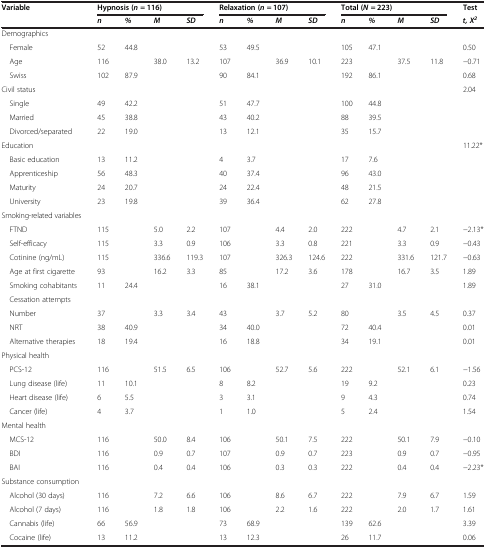
<table><thead><tr><td><b>Variable</b></td><td colspan="4"><b>Hypnosis (<i>n </i>= 116)</b></td><td colspan="4"><b>Relaxation (<i>n </i>= 107)</b></td><td colspan="4"><b>Total (<i>N </i>= 223)</b></td><td><b>Test</b></td></tr><tr><td><b> </b></td><td><b><i>n</i></b></td><td><b><i>%</i></b></td><td><b><i>M</i></b></td><td><b><i>SD</i></b></td><td><b><i>n</i></b></td><td><b><i>%</i></b></td><td><b><i>M</i></b></td><td><b><i>SD</i></b></td><td><b><i>n</i></b></td><td><b><i>%</i></b></td><td><b><i>M</i></b></td><td><b><i>SD</i></b></td><td><b><i>t, X</i><sup><i>2</i></sup></b></td></tr></thead><tbody><tr><td>Demographics</td><td> </td><td> </td><td> </td><td> </td><td> </td><td> </td><td> </td><td> </td><td> </td><td> </td><td> </td><td> </td><td> </td></tr><tr><td> Female</td><td>52</td><td>44.8</td><td> </td><td> </td><td>53</td><td>49.5</td><td> </td><td> </td><td>105</td><td>47.1</td><td> </td><td> </td><td>0.50</td></tr><tr><td> Age</td><td>116</td><td> </td><td>38.0</td><td>13.2</td><td>107</td><td> </td><td>36.9</td><td>10.1</td><td>223</td><td> </td><td>37.5</td><td>11.8</td><td>−0.71</td></tr><tr><td> Swiss</td><td>102</td><td>87.9</td><td> </td><td> </td><td>90</td><td>84.1</td><td> </td><td> </td><td>192</td><td>86.1</td><td> </td><td> </td><td>0.68</td></tr><tr><td>Civil status</td><td> </td><td> </td><td> </td><td> </td><td> </td><td> </td><td> </td><td> </td><td> </td><td> </td><td> </td><td> </td><td>2.04</td></tr><tr><td> Single</td><td>49</td><td>42.2</td><td> </td><td> </td><td>51</td><td>47.7</td><td> </td><td> </td><td>100</td><td>44.8</td><td> </td><td> </td><td> </td></tr><tr><td> Married</td><td>45</td><td>38.8</td><td> </td><td> </td><td>43</td><td>40.2</td><td> </td><td> </td><td>88</td><td>39.5</td><td> </td><td> </td><td> </td></tr><tr><td> Divorced/separated</td><td>22</td><td>19.0</td><td> </td><td> </td><td>13</td><td>12.1</td><td> </td><td> </td><td>35</td><td>15.7</td><td> </td><td> </td><td> </td></tr><tr><td>Education</td><td> </td><td> </td><td> </td><td> </td><td> </td><td> </td><td> </td><td> </td><td> </td><td> </td><td> </td><td> </td><td>11.22*</td></tr><tr><td> Basic education</td><td>13</td><td>11.2</td><td> </td><td> </td><td>4</td><td>3.7</td><td> </td><td> </td><td>17</td><td>7.6</td><td> </td><td> </td><td> </td></tr><tr><td> Apprenticeship</td><td>56</td><td>48.3</td><td> </td><td> </td><td>40</td><td>37.4</td><td> </td><td> </td><td>96</td><td>43.0</td><td> </td><td> </td><td> </td></tr><tr><td> Maturity</td><td>24</td><td>20.7</td><td> </td><td> </td><td>24</td><td>22.4</td><td> </td><td> </td><td>48</td><td>21.5</td><td> </td><td> </td><td> </td></tr><tr><td> University</td><td>23</td><td>19.8</td><td> </td><td> </td><td>39</td><td>36.4</td><td> </td><td> </td><td>62</td><td>27.8</td><td> </td><td> </td><td> </td></tr><tr><td>Smoking-related variables</td><td> </td><td> </td><td> </td><td> </td><td> </td><td> </td><td> </td><td> </td><td> </td><td> </td><td> </td><td> </td><td> </td></tr><tr><td> FTND</td><td>115</td><td> </td><td>5.0</td><td>2.2</td><td>107</td><td> </td><td>4.4</td><td>2.0</td><td>222</td><td> </td><td>4.7</td><td>2.1</td><td>−2.13*</td></tr><tr><td> Self-efficacy</td><td>115</td><td> </td><td>3.3</td><td>0.9</td><td>106</td><td> </td><td>3.3</td><td>0.8</td><td>221</td><td> </td><td>3.3</td><td>0.9</td><td>−0.43</td></tr><tr><td> Cotinine (ng/mL)</td><td>115</td><td> </td><td>336.6</td><td>119.3</td><td>107</td><td> </td><td>326.3</td><td>124.6</td><td>222</td><td> </td><td>331.6</td><td>121.7</td><td>−0.63</td></tr><tr><td> Age at first cigarette</td><td>93</td><td> </td><td>16.2</td><td>3.3</td><td>85</td><td> </td><td>17.2</td><td>3.6</td><td>178</td><td> </td><td>16.7</td><td>3.5</td><td>1.89</td></tr><tr><td> Smoking cohabitants</td><td>11</td><td>24.4</td><td> </td><td> </td><td>16</td><td>38.1</td><td> </td><td> </td><td>27</td><td>31.0</td><td> </td><td> </td><td>1.89</td></tr><tr><td> Cessation attempts</td><td> </td><td> </td><td> </td><td> </td><td> </td><td> </td><td> </td><td> </td><td> </td><td> </td><td> </td><td> </td><td> </td></tr><tr><td> Number</td><td>37</td><td> </td><td>3.3</td><td>3.4</td><td>43</td><td> </td><td>3.7</td><td>5.2</td><td>80</td><td> </td><td>3.5</td><td>4.5</td><td>0.37</td></tr><tr><td> NRT</td><td>38</td><td>40.9</td><td> </td><td> </td><td>34</td><td>40.0</td><td> </td><td> </td><td>72</td><td>40.4</td><td> </td><td> </td><td>0.01</td></tr><tr><td> Alternative therapies</td><td>18</td><td>19.4</td><td> </td><td> </td><td>16</td><td>18.8</td><td> </td><td> </td><td>34</td><td>19.1</td><td> </td><td> </td><td>0.01</td></tr><tr><td>Physical health</td><td> </td><td> </td><td> </td><td> </td><td> </td><td> </td><td> </td><td> </td><td> </td><td> </td><td> </td><td> </td><td> </td></tr><tr><td> PCS-12</td><td>116</td><td> </td><td>51.5</td><td>6.5</td><td>106</td><td> </td><td>52.7</td><td>5.6</td><td>222</td><td> </td><td>52.1</td><td>6.1</td><td>−1.56</td></tr><tr><td> Lung disease (life)</td><td>11</td><td>10.1</td><td> </td><td> </td><td>8</td><td>8.2</td><td> </td><td> </td><td>19</td><td>9.2</td><td> </td><td> </td><td>0.23</td></tr><tr><td> Heart disease (life)</td><td>6</td><td>5.5</td><td> </td><td> </td><td>3</td><td>3.1</td><td> </td><td> </td><td>9</td><td>4.3</td><td> </td><td> </td><td>0.74</td></tr><tr><td> Cancer (life)</td><td>4</td><td>3.7</td><td> </td><td> </td><td>1</td><td>1.0</td><td> </td><td> </td><td>5</td><td>2.4</td><td> </td><td> </td><td>1.54</td></tr><tr><td>Mental health</td><td> </td><td> </td><td> </td><td> </td><td> </td><td> </td><td> </td><td> </td><td> </td><td> </td><td> </td><td> </td><td> </td></tr><tr><td> MCS-12</td><td>116</td><td> </td><td>50.0</td><td>8.4</td><td>106</td><td> </td><td>50.1</td><td>7.5</td><td>222</td><td> </td><td>50.1</td><td>7.9</td><td>−0.10</td></tr><tr><td> BDI</td><td>116</td><td> </td><td>0.9</td><td>0.7</td><td>107</td><td> </td><td>0.9</td><td>0.7</td><td>223</td><td> </td><td>0.9</td><td>0.7</td><td>−0.95</td></tr><tr><td> BAI</td><td>116</td><td> </td><td>0.4</td><td>0.4</td><td>106</td><td> </td><td>0.3</td><td>0.3</td><td>222</td><td> </td><td>0.4</td><td>0.4</td><td>−2.23*</td></tr><tr><td>Substance consumption</td><td> </td><td> </td><td> </td><td> </td><td> </td><td> </td><td> </td><td> </td><td> </td><td> </td><td> </td><td> </td><td> </td></tr><tr><td> Alcohol (30 days)</td><td>116</td><td> </td><td>7.2</td><td>6.6</td><td>106</td><td> </td><td>8.6</td><td>6.7</td><td>222</td><td> </td><td>7.9</td><td>6.7</td><td>1.59</td></tr><tr><td> Alcohol (7 days)</td><td>116</td><td> </td><td>1.8</td><td>1.8</td><td>106</td><td> </td><td>2.2</td><td>1.6</td><td>222</td><td> </td><td>2.0</td><td>1.7</td><td>1.61</td></tr><tr><td> Cannabis (life)</td><td>66</td><td>56.9</td><td> </td><td> </td><td>73</td><td>68.9</td><td> </td><td> </td><td>139</td><td>62.6</td><td> </td><td> </td><td>3.39</td></tr><tr><td> Cocaine (life)</td><td>13</td><td>11.2</td><td> </td><td> </td><td>13</td><td>12.3</td><td> </td><td> </td><td>26</td><td>11.7</td><td> </td><td> </td><td>0.06</td></tr></tbody></table>